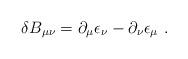
LaTeX: \begin{align*}\delta B_{\mu \nu }=\partial _\mu \epsilon _\nu -\partial _\nu \epsilon_\mu \ .\end{align*}